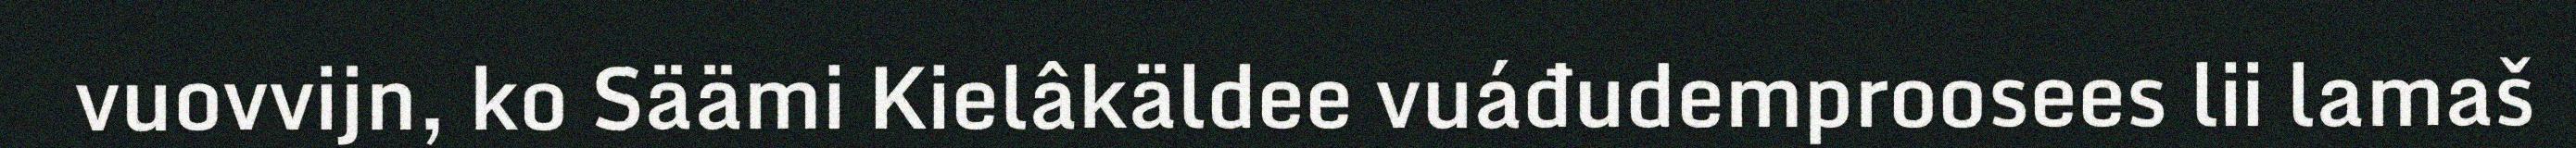
vuovvijn, ko Säämi Kielâkäldee vuáđudemproosees lii lamaš